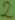
Text: 2